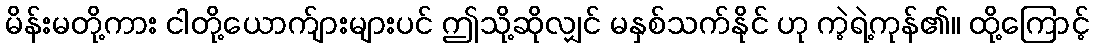
မိန်းမတို့ကား ငါတို့ယောက်ျားများပင် ဤသို့ဆိုလျှင် မနှစ်သက်နိုင် ဟု ကဲ့ရဲ့ကုန်၏။ ထို့ကြောင့်